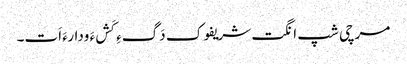
مرچی شپ انگت شریفوک دَگءِ کَشءَ ودارءَ اَت۔